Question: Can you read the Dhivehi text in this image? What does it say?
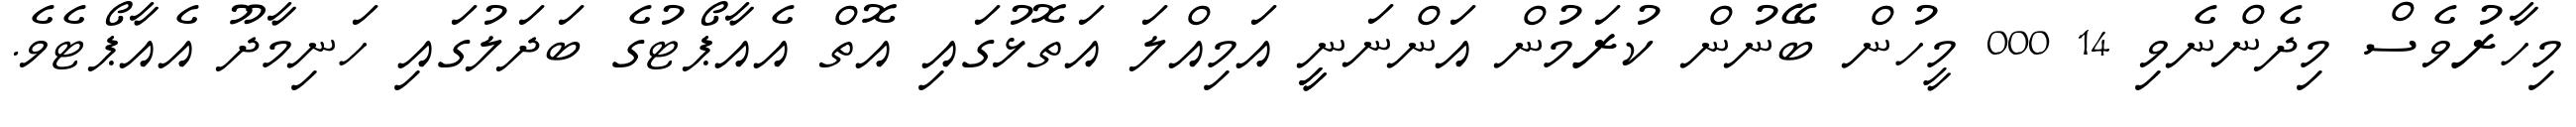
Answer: މިހާރުވެސް މިދެންނެވި 14 000 މީހުން ބޭނުން ކުރަމުން އަންނަނީީ އަމިއްލަ އަތޮޅުގައި އޮތް އެއާޕޯޓުގެ ބަދަލުގައި ހަނިމާދޫ އެއާޕޯޓެވެ.